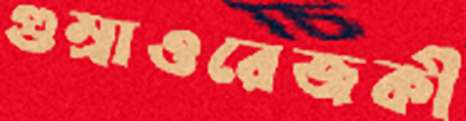
গুম্‌রাওরেজকী